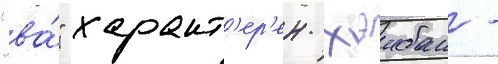
"ва́" характ'ер'ен хэибан -